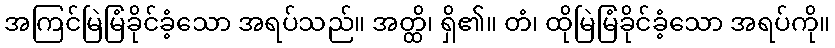
အကြင်မြဲမြံခိုင်ခံ့သော အရပ်သည်။ အတ္ထိ၊ ရှိ၏။ တံ၊ ထိုမြဲမြံခိုင်ခံ့သော အရပ်ကို။